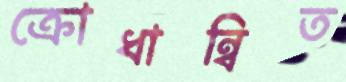
ক্রোধান্বিত